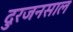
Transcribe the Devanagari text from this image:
दुरजनसाल